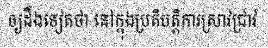
ឲ្យដឹងទៀតថា នៅក្នុងប្រតិបត្តិការស្រាវជ្រាវ